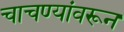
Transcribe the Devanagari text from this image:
चाचण्यांवरून